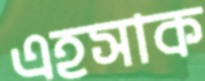
এহসাক